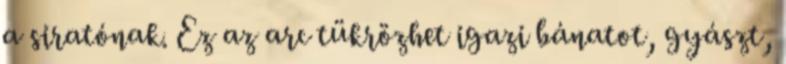
a siratónak. Ez az arc tükrözhet igazi bánatot, gyászt,